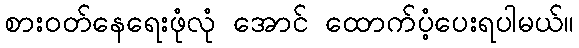
စားဝတ်နေရေးဖုံလုံ အောင် ထောက်ပံ့ပေးရပါမယ်။